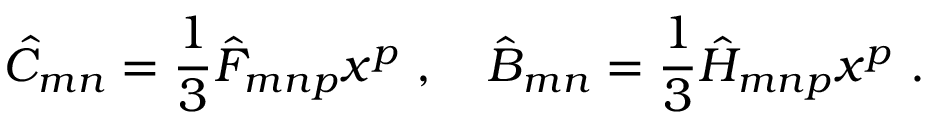
\hat { C } _ { m n } = \frac { 1 } { 3 } \hat { F } _ { m n p } x ^ { p } \ , \quad \hat { B } _ { m n } = \frac { 1 } { 3 } \hat { H } _ { m n p } x ^ { p } \ .